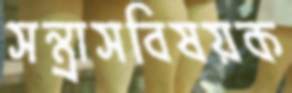
সন্ত্রাসবিষয়ক